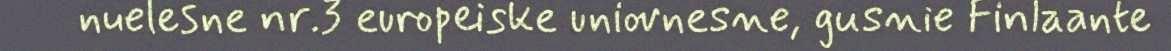
nuelesne nr.3 europeiske uniovnesne, gusnie Finlaante